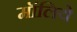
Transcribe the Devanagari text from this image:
मॉलिये